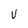
Character: V